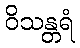
ဝိသန္တရံ